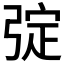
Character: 𢏹